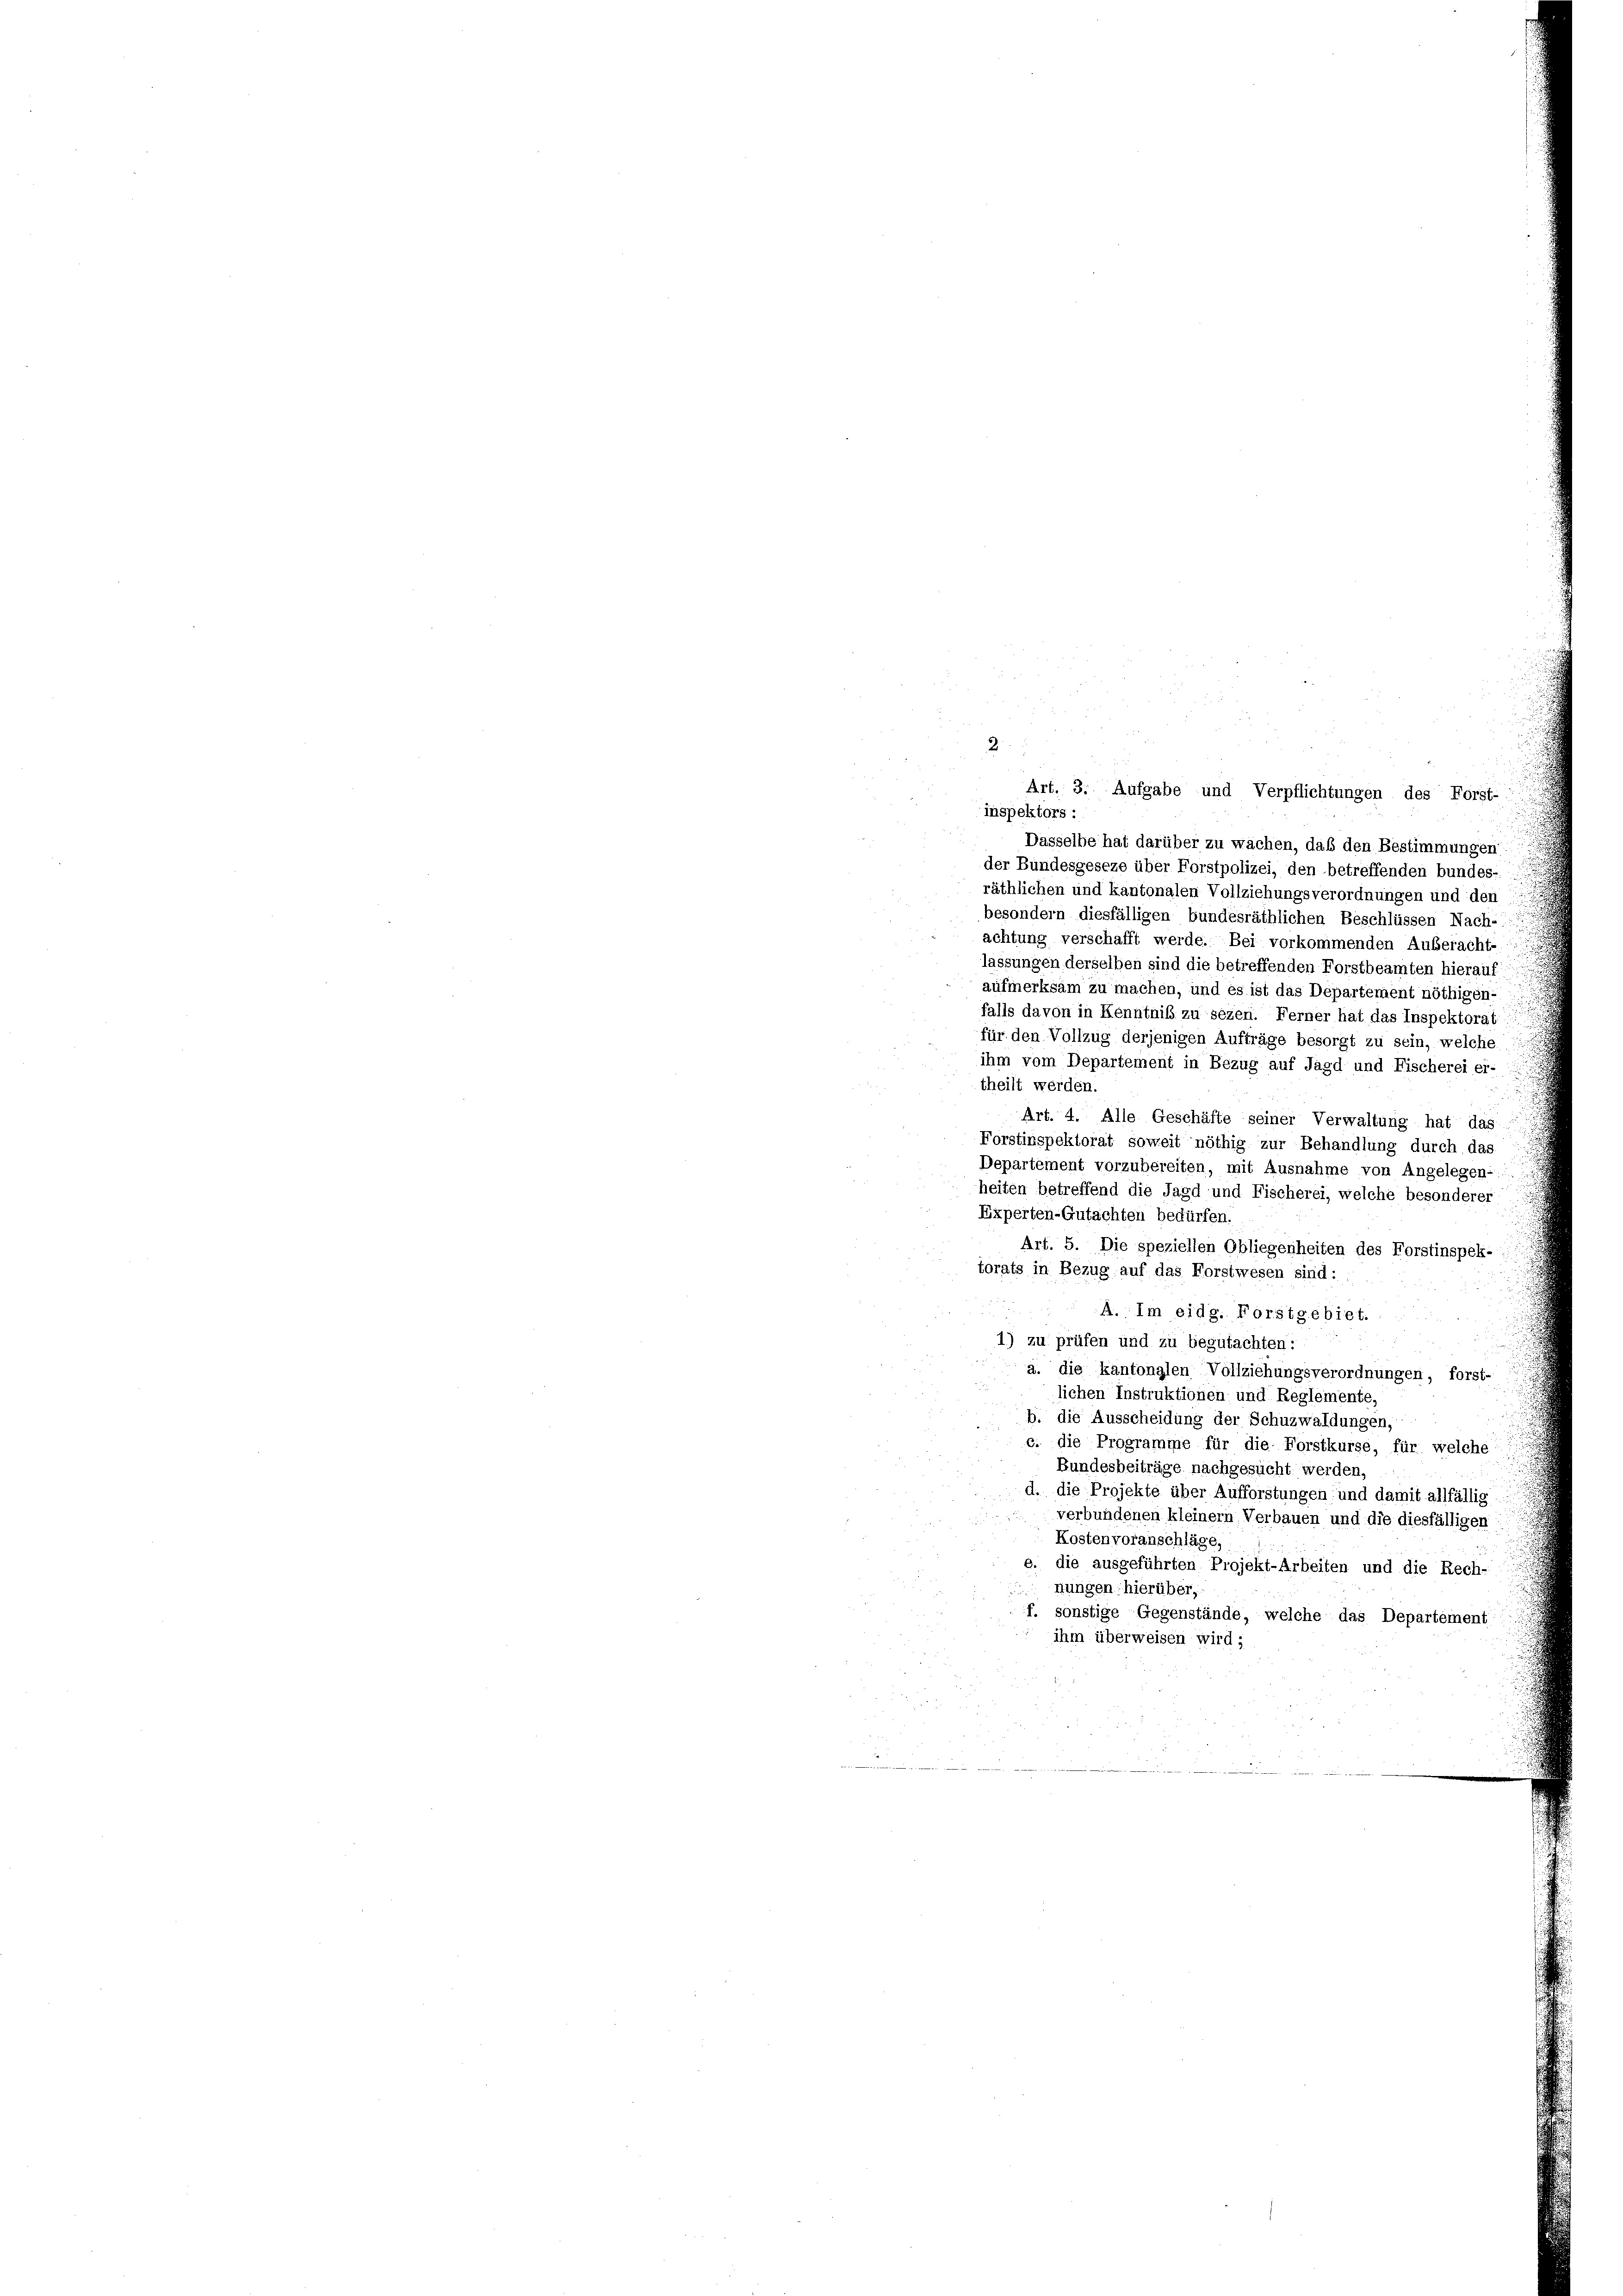
2

inspektors :
Dasselbe hat darüber zu wachen, daß den Bestimmungen
der Bundesgeseze über Forstpolizei, den betreffenden bundes-
räthlichen und kantonalen Vollziehungsverordnungen und den
besondern diesfälligen bundesräthlichen Beschlüssen Nach-
achtung verschafft werde. Bei vorkommenden Außeracht-
lassungen derselben sind die betreffenden Forstbeamten hierauf
aufmerksam zu machen, und es ist das Departement nöthigen-
falls davon in Kenntniß zu sezen. Ferner hat das Inspektorat
für den Vollzug derjenigen Aufträge besorgt zu sein, welche
ihm vom Departement in Bezug auf Jagd und Fischerei er-
theilt werden.
Art. 4. Alle Geschäfte seiner Verwaltung hat das
Forstinspektorat soweit nöthig zur Behandlung durch das
Departement vorzubereiten, mit Ausnahme von Angelegen-
heiten betreffend die Jagd und Fischerei, welche besonderer
Experten-Gutachten bedürfen.
Art. 5. Die speziellen Obliegenheiten des Forstinspek-
torats in Bezug auf das Forstwesen sind:
A. Im eidg. Forstgebiet.
1) zu prüfen und zu begutachten:
a. die kantonalen Vollziehungsverordnungen, forst-
lichen Instruktionen und Reglemente,
b. die Ausscheidung der Schuzwaldungen,
c. die Programme für die Forstkurse, für welche
Bundesbeiträge nachgesucht werden,
d. die Projekte über Aufforstungen, und damit allfällig
verbundenen kleinern, Verbauen und die diesfälligen
Kostenvoranschläge,
e. die ausgeführten Projekt-Arbeiten und die Rech-
nungen hierüber,
f. sonstige Gegenstände, welche das Departement
ihm überweisen wird;

Art. 3. Aufgabe und Verpflichtungen des Forst-